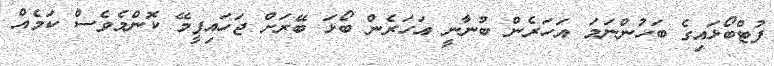
ފުޓްބޯޅައިގެ ބަހުންނަމަ އަހަރެން ބުނާނީ އަހަރެން ބޯޅަ ބޭރަށް ޖަހައިފީމޭ ކޮންމެވެސް ކަމެއް